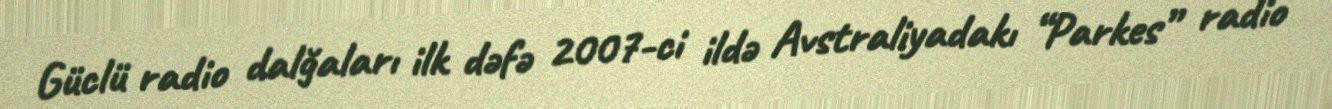
Güclü radio dalğaları ilk dəfə 2007-ci ildə Avstraliyadakı “Parkes” radio